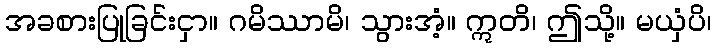
အခစားပြုခြင်းငှာ။ ဂမိဿာမိ၊ သွားအံ့။ ဣတိ၊ ဤသို့။ မယှံပိ၊